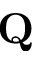
\mathbf { Q }